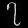
Digit: ၇